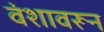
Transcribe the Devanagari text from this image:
वंशावरून